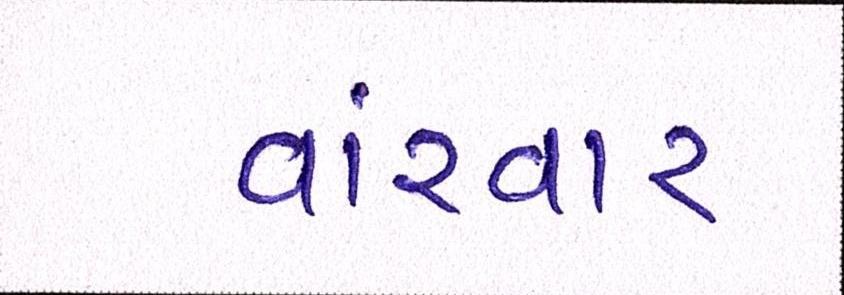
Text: વારંવાર